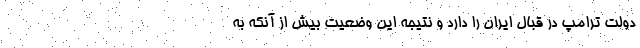
دولت ترامپ در قبال ایران را دارد و نتیجه این وضعیت بیش از آنکه به